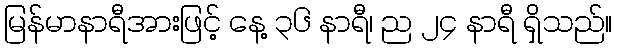
မြန်မာနာရီအားဖြင့် နေ့ ၃၆ နာရီ၊ ည ၂၄ နာရီ ရှိသည်။